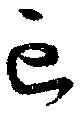
亡